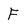
Character: F